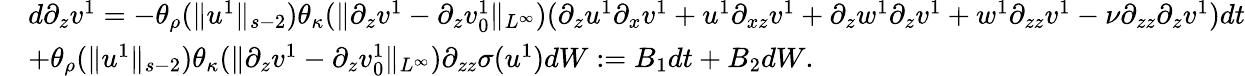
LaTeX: \begin{array}{rl}&{d\partial_{z}v^{1}=-\theta_{\rho}(\| u^{1}\| _{s-2})\theta_{\kappa}(\| \partial_{z}v^{1}-\partial_{z}v_{0}^{1}\| _{L^{\infty}})(\partial_{z}u^{1}\partial_{x}v^{1}+u^{1}\partial_{xz}v^{1}+\partial_{z}w^{1}\partial_{z}v^{1}+w^{1}\partial_{zz}v^{1}-\nu\partial_{zz}\partial_{z}v^{1})dt}\\ &{+\theta_{\rho}(\| u^{1}\| _{s-2})\theta_{\kappa}(\| \partial_{z}v^{1}-\partial_{z}v_{0}^{1}\| _{L^{\infty}})\partial_{zz}\sigma(u^{1})dW:=B_{1}dt+B_{2}dW.}\end{array}